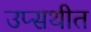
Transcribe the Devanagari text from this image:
उप्सथीत